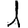
Digit: 1